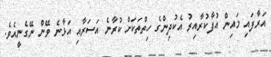
އަރާފައި މައިން އުފާކުރާއިރު އެކުދިންގެ ހިތްތަކަށް ކުރާނެ އަސަރާއި އަޅާނެ ވޭން ނޭގެނީއެވެ.